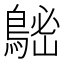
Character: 𪁷